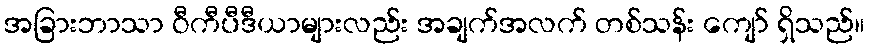
အခြားဘာသာ ဝီကီပီဒီယာများလည်း အချက်အလက် တစ်သန်း ကျော် ရှိသည်။